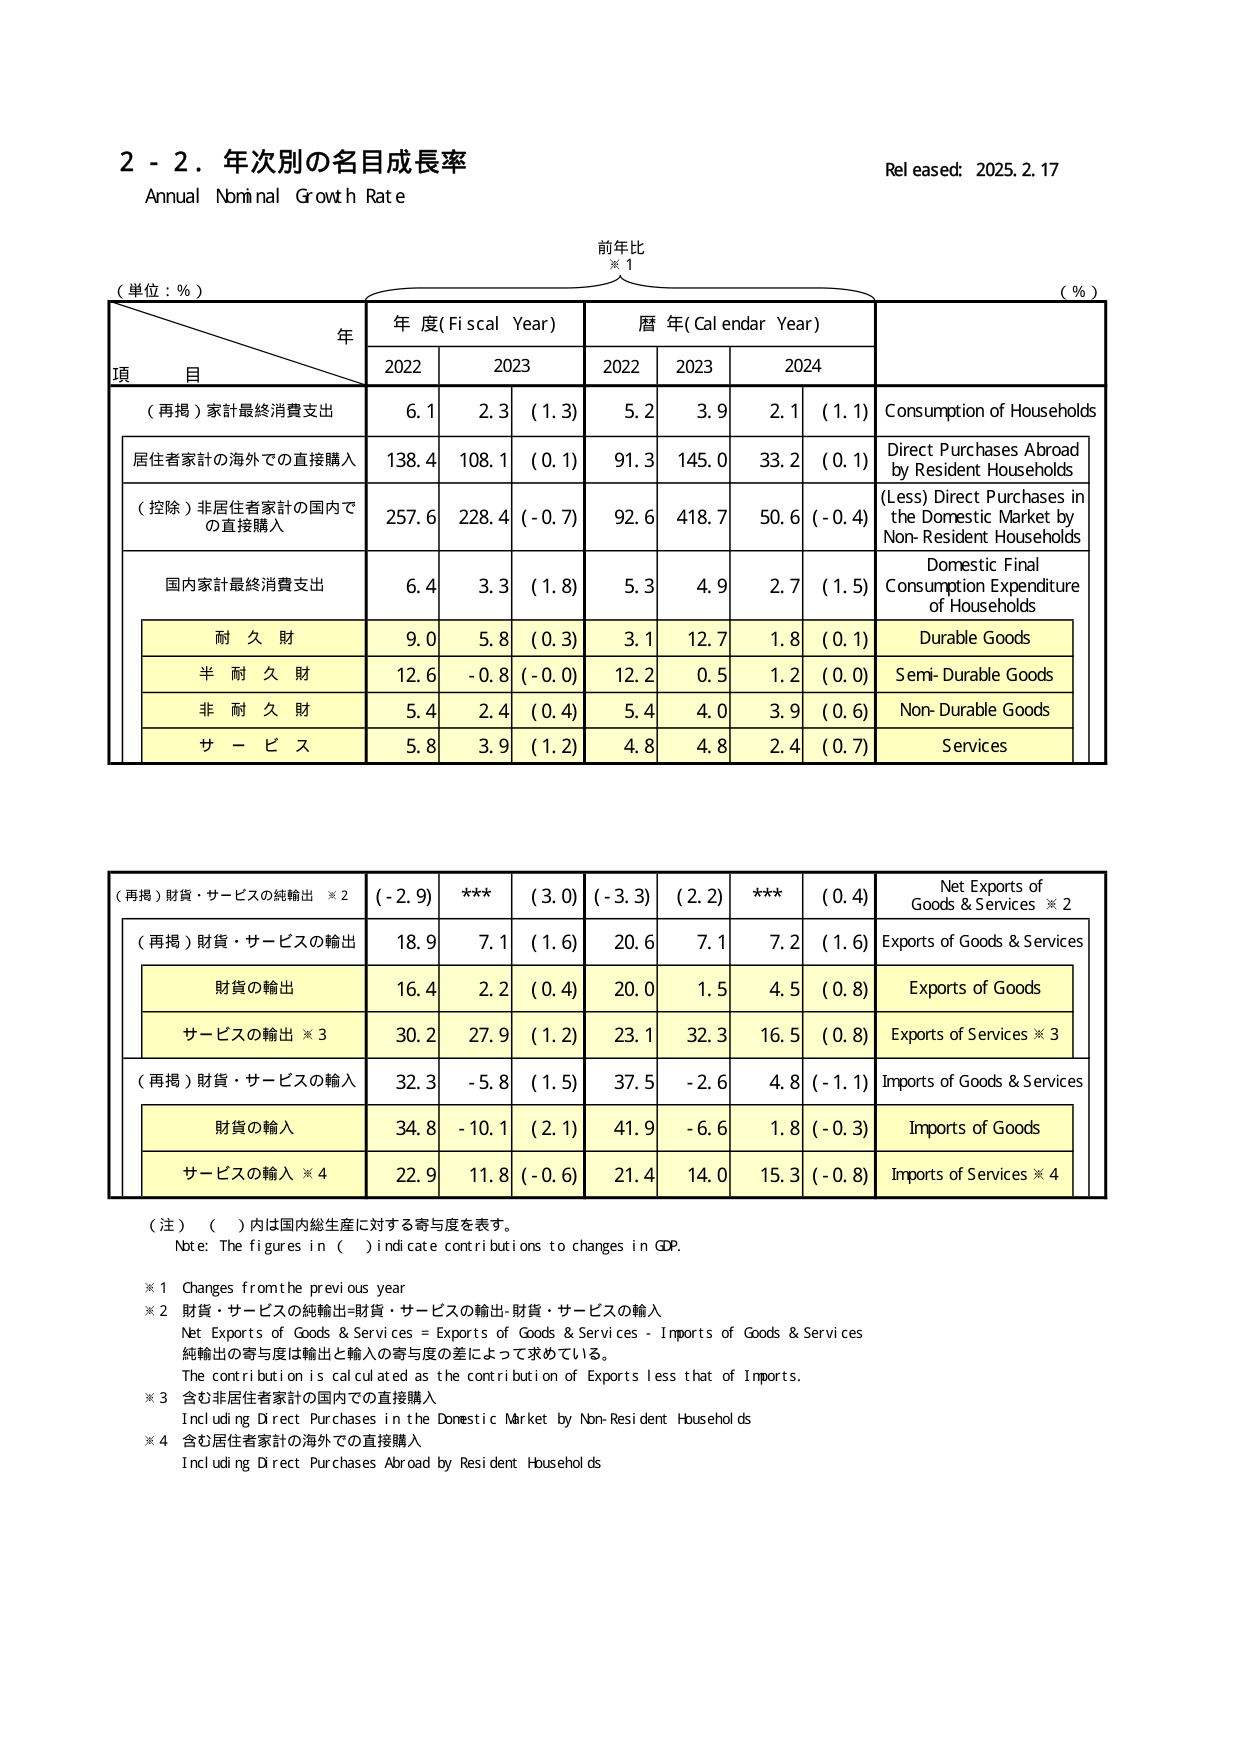
2 - 2．年次別の名目成長率
Annual Nominal Growth Rate
Released: 2025.2.17

（単位：%）
前年比
※1
（%）

年
年度(Fiscal Year)
暦年(Calendar Year)

項 目
2022
2023
( 1.3)
2022
2023
2024

（再掲）家計最終消費支出
6.1
2.3
5.2
3.9
2.1
( 1.1)
Consumption of Households

居住者家計の海外での直接購入
138.4
108.1
( 0.1)
91.3
145.0
33.2
( 0.1)
Direct Purchases Abroad by Resident Households

（控除）非居住者家計の国内での直接購入
257.6
228.4
( - 0.7)
92.6
418.7
50.6
( - 0.4)
(Less) Direct Purchases in the Domestic Market by Non-Resident Households

国内家計最終消費支出
6.4
3.3
( 1.8)
5.3
4.9
2.7
( 1.5)
Domestic Final Consumption Expenditure of Households

耐 久 財
9.0
5.8
( 0.3)
3.1
12.7
1.8
( 0.1)
Durable Goods

半 耐 久 財
12.6
- 0.8
( - 0.0)
12.2
0.5
1.2
( 0.0)
Semi-Durable Goods

非 耐 久 財
5.4
2.4
( 0.4)
5.4
4.0
3.9
( 0.6)
Non-Durable Goods

サ ー ビ ス
5.8
3.9
( 1.2)
4.8
4.8
2.4
( 0.7)
Services

（再掲）財貨・サービスの純輸出 ※2
( - 2.9)
***
( 3.0)
( - 3.3)
( 2.2)
***
( 0.4)
Net Exports of Goods & Services ※2

（再掲）財貨・サービスの輸出
18.9
7.1
( 1.6)
20.6
7.1
7.2
( 1.6)
Exports of Goods & Services

財貨の輸出
16.4
2.2
( 0.4)
20.0
1.5
4.5
( 0.8)
Exports of Goods

サービスの輸出 ※3
30.2
27.9
( 1.2)
23.1
32.3
16.5
( 0.8)
Exports of Services ※3

（再掲）財貨・サービスの輸入
32.3
- 5.8
( 1.5)
37.5
- 2.6
4.8
( - 1.1)
Imports of Goods & Services

財貨の輸入
34.8
- 10.1
( 2.1)
41.9
- 6.6
1.8
( - 0.3)
Imports of Goods

サービスの輸入 ※4
22.9
11.8
( - 0.6)
21.4
14.0
15.3
( - 0.8)
Imports of Services ※4

（注）（ ）内は国内総生産に対する寄与度を表す。
Note: The figures in ( ) indicate contributions to changes in GDP.

※1 Changes from the previous year
※2 財貨・サービスの純輸出=財貨・サービスの輸出-財貨・サービスの輸入
Net Exports of Goods & Services = Exports of Goods & Services - Imports of Goods & Services
純輸出の寄与度は輸出と輸入の寄与度の差によって求めている。
The contribution is calculated as the contribution of Exports less that of Imports.
※3 含む非居住者家計の国内での直接購入
Including Direct Purchases in the Domestic Market by Non-Resident Households
※4 含む居住者家計の海外での直接購入
Including Direct Purchases Abroad by Resident Households